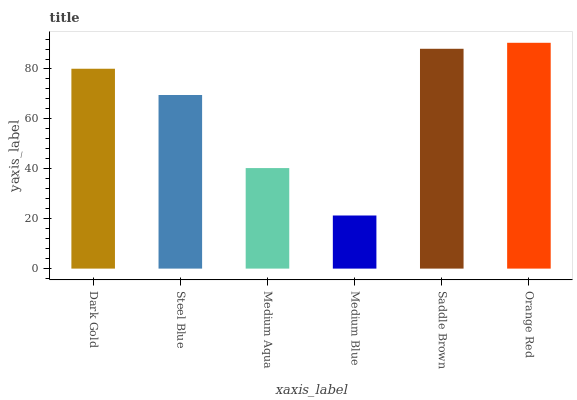
| xaxis_label | bars |
 | --- | --- |
 | Dark Gold | 80.1 |
 | Steel Blue | 69.6 |
 | Medium Aqua | 40.3 |
 | Medium Blue | 21.3 |
 | Saddle Brown | 88.1 |
 | Orange Red | 90.5 |